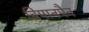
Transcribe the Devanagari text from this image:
विमानपैन